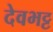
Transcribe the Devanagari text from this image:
देवभट्ट